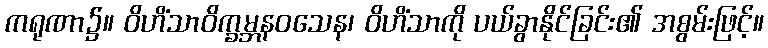
ကရုဏာ၌။ ဝိဟိံသာဝိက္ခမ္ဘနဝသေန၊ ဝိဟိံသာကို ပယ်ခွာနိုင်ခြင်း၏ အစွမ်းဖြင့်။